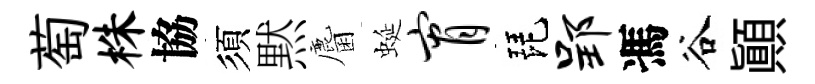
萄株協須黙麕蜒宵琵郢馮谷顚